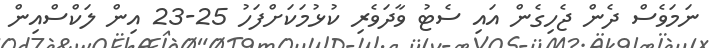
ނަމަވެސް ދެން ޖެހިގެން އައި ސެޓު ވާދަވެރި ކުޅުމަކަށްފަހު 25-23 އިން ލަކްސްއިން